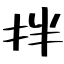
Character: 拌